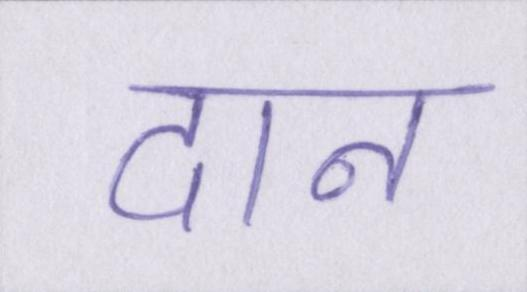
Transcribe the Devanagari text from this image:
दान